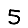
Digit: 5